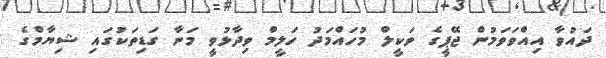
ދައުވާ އިއްވަވަމުން ޖޭޕީގެ ވަކީލް މުހައްމަދު ހަލީމް ވިދާޅުވީ މަނާ ގަޑިތަކުގައި ޝިޔާމްގެ